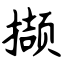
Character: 撷